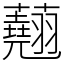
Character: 𧄍